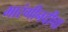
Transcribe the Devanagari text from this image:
भारंगीनदीचा